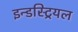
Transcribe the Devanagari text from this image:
इन्डस्ट्रियल